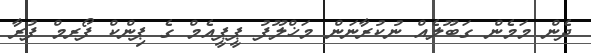
ދެން މަމެން ގަބޫލެއް ނުުކުރާނަން މަޚްލޫފު ޕީޕީއެމް ގެ ޕިންކް ފޯރމް ފުރާ